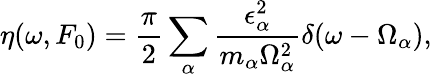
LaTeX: \eta(\omega,F_{0})=\frac{\pi}{2}\sum_{\alpha}\frac{\epsilon_{\alpha}^{2}}{m_{\alpha}\Omega_{\alpha}^{2}}\delta(\omega-\Omega_{\alpha}),